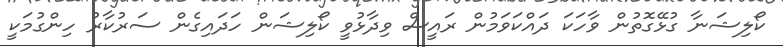
ކޯލިޝަނާ ގުޅޭގޮތުން ވާހަކަ ދައްކަވަމުން ރައީސް ވިދާޅުވީ ކޯލިޝަން ހަދައިގެން ސަރުކާރު ހިންގުމަކީ